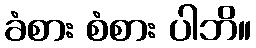
ခံစား စံစား ပါဘိ။